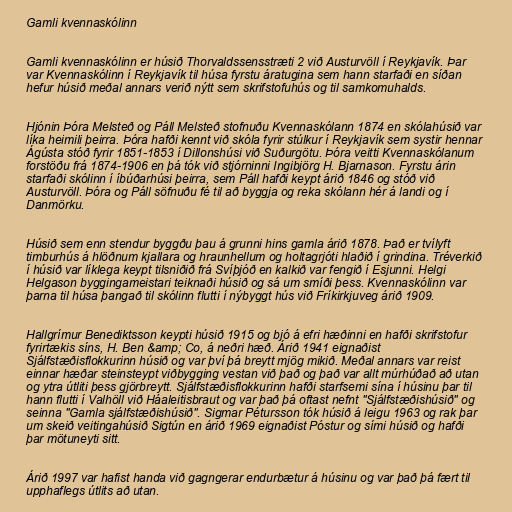
Gamli kvennaskólinn

Gamli kvennaskólinn er húsið Thorvaldssensstræti 2 við Austurvöll í Reykjavík. Þar
var Kvennaskólinn í Reykjavík til húsa fyrstu áratugina sem hann starfaði en síðan
hefur húsið meðal annars verið nýtt sem skrifstofuhús og til samkomuhalds.

Hjónin Þóra Melsteð og Páll Melsteð stofnuðu Kvennaskólann 1874 en skólahúsið var
líka heimili þeirra. Þóra hafði kennt við skóla fyrir stúlkur í Reykjavík sem systir hennar
Ágústa stóð fyrir 1851-1853 í Dillonshúsi við Suðurgötu. Þóra veitti Kvennaskólanum
forstöðu frá 1874-1906 en þá tók við stjórninni Ingibjörg H. Bjarnason. Fyrstu árin
starfaði skólinn í íbúðarhúsi þeirra, sem Páll hafði keypt árið 1846 og stóð við
Austurvöll. Þóra og Páll söfnuðu fé til að byggja og reka skólann hér á landi og í
Danmörku.

Húsið sem enn stendur byggðu þau á grunni hins gamla árið 1878. Það er tvílyft
timburhús á hlöðnum kjallara og hraunhellum og holtagrjóti hlaðið í grindina. Tréverkið
í húsið var líklega keypt tilsniðið frá Svíþjóð en kalkið var fengið í Esjunni. Helgi
Helgason byggingameistari teiknaði húsið og sá um smíði þess. Kvennaskólinn var
þarna til húsa þangað til skólinn flutti í nýbyggt hús við Fríkirkjuveg árið 1909.

Hallgrímur Benediktsson keypti húsið 1915 og bjó á efri hæðinni en hafði skrifstofur
fyrirtækis síns, H. Ben &amp; Co, á neðri hæð. Árið 1941 eignaðist
Sjálfstæðisflokkurinn húsið og var því þá breytt mjög mikið. Meðal annars var reist
einnar hæðar steinsteypt viðbygging vestan við það og það var allt múrhúðað að utan
og ytra útliti þess gjörbreytt. Sjálfstæðisflokkurinn hafði starfsemi sína í húsinu þar til
hann flutti í Valhöll við Háaleitisbraut og var það þá oftast nefnt "Sjálfstæðishúsið" og
seinna "Gamla sjálfstæðishúsið". Sigmar Pétursson tók húsið á leigu 1963 og rak þar
um skeið veitingahúsið Sigtún en árið 1969 eignaðist Póstur og sími húsið og hafði
þar mötuneyti sitt.

Árið 1997 var hafist handa við gagngerar endurbætur á húsinu og var það þá fært til
upphaflegs útlits að utan.